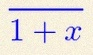
\frac{1}{1+x}